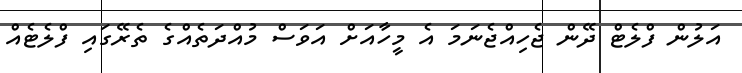
އަލުން ފްލެޓް ދޭން ޖެހިއްޖެނަމަ އެ މީހާއަށް އަވަސް މުއްދަތެއްގެ ތެރޭގައި ފްލެޓެއް